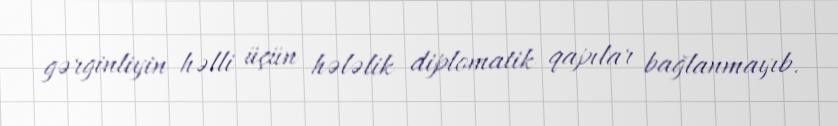
gərginliyin həlli üçün hələlik diplomatik qapılar bağlanmayıb.